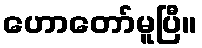
ဟောတော်မူပြီ။